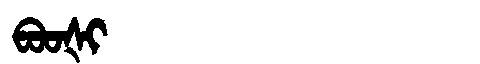
Manchu: ᠪᠣᠣᡧᡳ
Romanization: BOOŠI